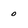
Character: 0